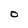
Character: O